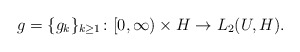
\begin{align*}g = \{g_k\}_{k \geq 1}\colon [0,\infty) \times H \rightarrow L_2(U,H).\end{align*}